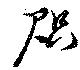
咫